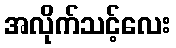
အလိုက်သင့်လေး